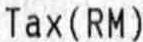
TAX(RM)